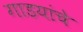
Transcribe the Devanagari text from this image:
गाडयांचे